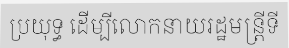
ប្រយុទ្ធ ដើម្បីលោកនាយរដ្ឋមន្ត្រីទី